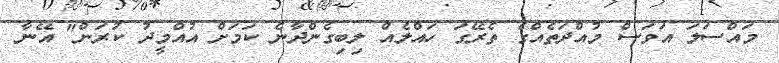
މައްސަލަ އަވަސް މުއްދަތެއްގެ ތެރޭގަ ހައްލެއް ލިބިގެންދާނެ ކަމަށް އުއްމީދު ކުރަން" އޭނާ